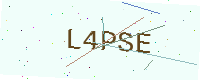
Text: L4PSE